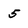
Character: 5